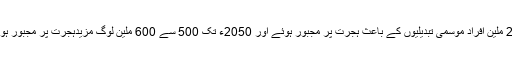
لندن کی انوائرمنٹل جسٹس فاؤنڈیشن کے مطابق دنیا میں 26 ملین افراد موسمی تبدیلیوں کے باعث ہجرت پر مجبور ہوئے اور 2050ء تک 500 سے 600 ملین لوگ مزیدہجرت پر مجبور ہونے کے ساتھ شدید دیگر خطرات سے بھی دوچار ہوں گے۔